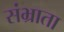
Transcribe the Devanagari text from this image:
संभ्राता